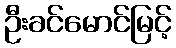
ဦးခင်မောင်မြင့်